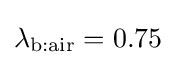
\lambda _{\text{b:air}}=0.75